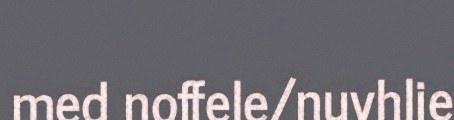
med noffele/nuvhlie